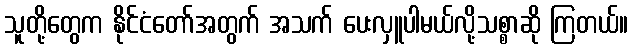
သူတို့တွေက နိုင်ငံတော်အတွက် အသက် ပေးလှူပါမယ်လို့သစ္စာဆို ကြတယ်။